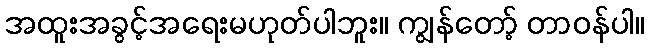
အထူးအခွင့်အရေးမဟုတ်ပါဘူး။ ကျွန်တော့် တာဝန်ပါ။